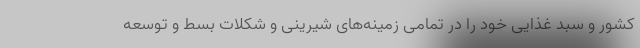
کشور و سبد غذایی خود را در تمامی زمینه‌های شیرینی و شکلات بسط و توسعه